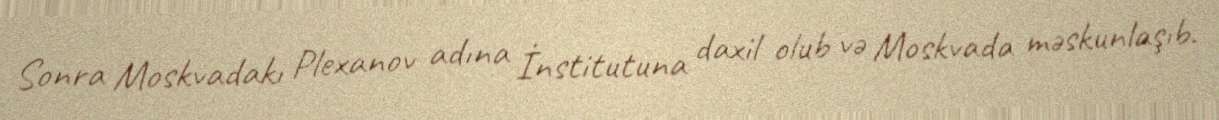
Sonra Moskvadakı Plexanov adına İnstitutuna daxil olub və Moskvada məskunlaşıb.